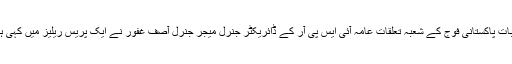
یہ بات پاکستانی فوج کے شعبہ تعلقات عامہ آئی ایس پی آر کے ڈائریکٹر جنرل میجر جنرل آصف غفور نے ایک پریس ریلیز میں کہی ہے۔